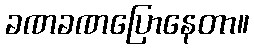
ခဏခဏပြောနေတာ။